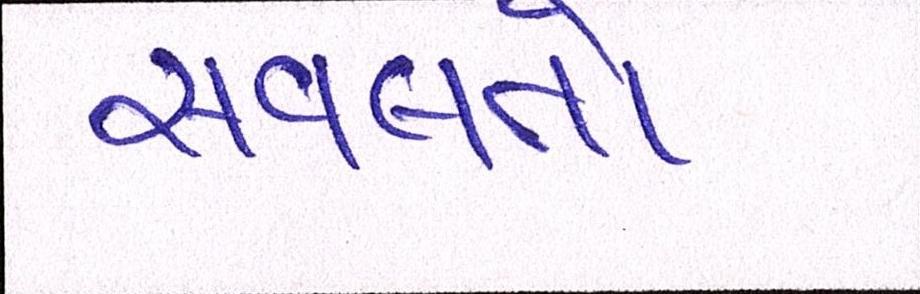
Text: સવલતો